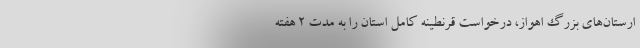
ارستان‌های بزرگ اهواز، درخواست قرنطینه کامل استان را به مدت ۲ هفته